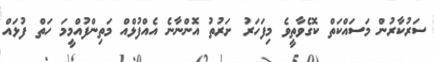
ސަރުކާރުން މަސައްކަތް ކޮގެވާތީވެ މިފަހަރު ށަރުތު އޮންނާނެ އެއްފުޅްއް މަތިންފުއްމީމަ ހަތް ފުޅައް